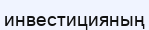
инвестицияның